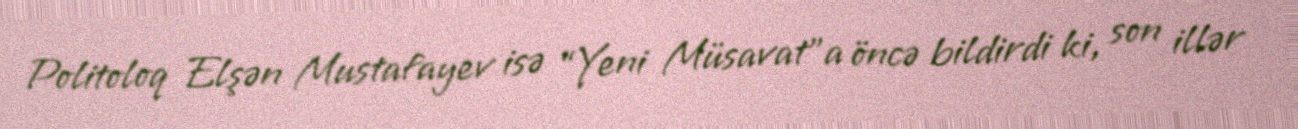
Politoloq Elşən Mustafayev isə “Yeni Müsavat”a öncə bildirdi ki, son illər